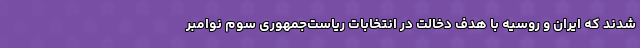
شدند که ایران و روسیه با هدف دخالت در انتخابات ریاست‌جمهوری سوم نوامبر